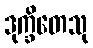
ဒုက္ခိတေသု